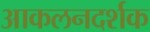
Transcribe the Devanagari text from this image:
आकलनदर्शक